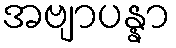
အဗျာပန္နာ